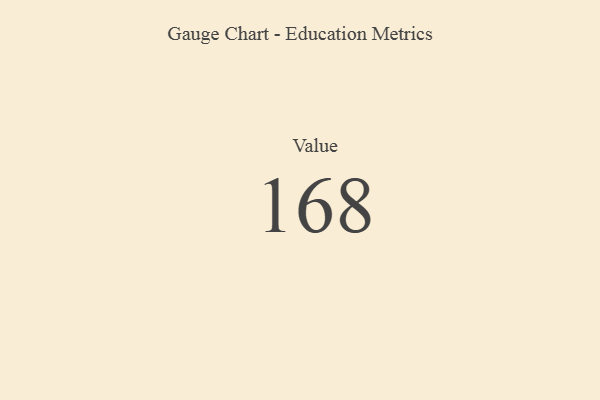
{"axis": {"x": "Metric", "y": "Value"}, "legend": [""], "data": [{"x": "Value", "y": 168, "type": ""}]}